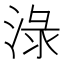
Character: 淥